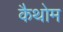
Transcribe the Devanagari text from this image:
कैथोम